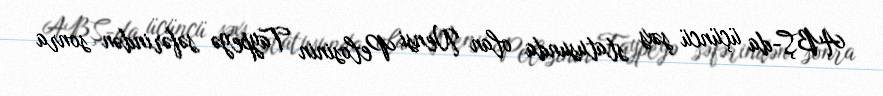
ABŞ-da üçüncü şəxs statusunda olan Nensi Pelosinin Taypeyə səfərindən sonra